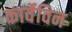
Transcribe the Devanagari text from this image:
कार्वेविन